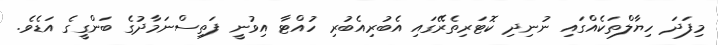
މިފަދަ ހިޔާލްތަކެއްގައި ނުނިދި ކޮޓަރިތެރޭގައި އެބުރިއެބުރި ހުއްޓާ އިވުނީ ފަތިސްނަމާދުގެ ބަންގީގެ އަޑެވެ.